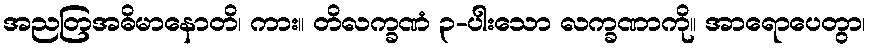
အညတြအဓိမာနောတိ၊ ကား။ တိလက္ခဏံ ၃-ပါးသော လက္ခဏာကို။ အာရောပေတွာ၊